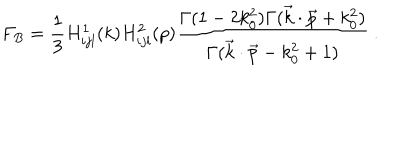
F _ { B } = { \frac { 1 } { 3 } } H _ { i j l } ^ { 1 } ( k ) H _ { i j l } ^ { 2 } ( p ) { \frac { \Gamma ( 1 - 2 k _ { 0 } ^ { 2 } ) \Gamma ( \vec { k } \cdot \vec { p } + k _ { 0 } ^ { 2 } ) } { \Gamma ( \vec { k } \cdot \vec { p } - k _ { 0 } ^ { 2 } + 1 ) } } \ .